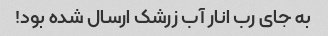
به جای رب انار آب زرشک ارسال شده بود!